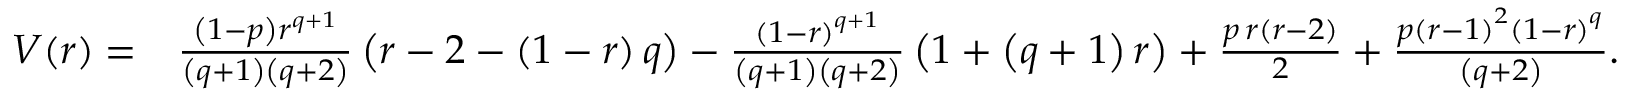
\begin{array} { r l } { V ( r ) = } & { \frac { \left( 1 - p \right) r ^ { q + 1 } } { \left( q + 1 \right) \left( q + 2 \right) } \left( r - 2 - \left( 1 - r \right) q \right) - \frac { \left( 1 - r \right) ^ { q + 1 } } { \left( q + 1 \right) \left( q + 2 \right) } \left( 1 + \left( q + 1 \right) r \right) + \frac { p \, r \left( r - 2 \right) } { 2 } + \frac { p \left( r - 1 \right) ^ { 2 } \left( 1 - r \right) ^ { q } } { \left( q + 2 \right) } . } \end{array}